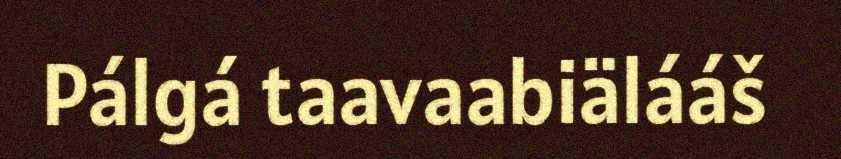
Pálgá taavaabiälááš